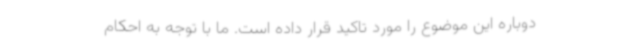
دوباره این موضوع را مورد تاکید قرار داده است. ما با توجه به احکام